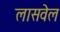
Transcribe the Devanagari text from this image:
लासवेल